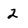
Character: 2